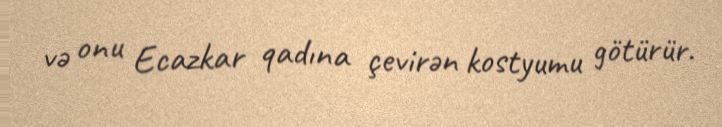
və onu Ecazkar qadına çevirən kostyumu götürür.